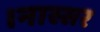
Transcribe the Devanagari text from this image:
।नास्सर